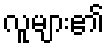
လူများ၏